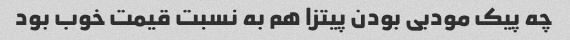
چه پیک مودبی بودن پیتزا هم به نسبت قیمت خوب بود